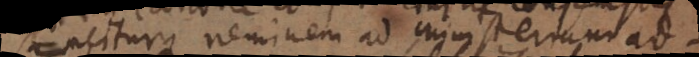
sanciturque neminem ad ministerium